Civil Veterinary Department. Madras. Admin. report 1926-33 - 1926-1933
Year: 1926
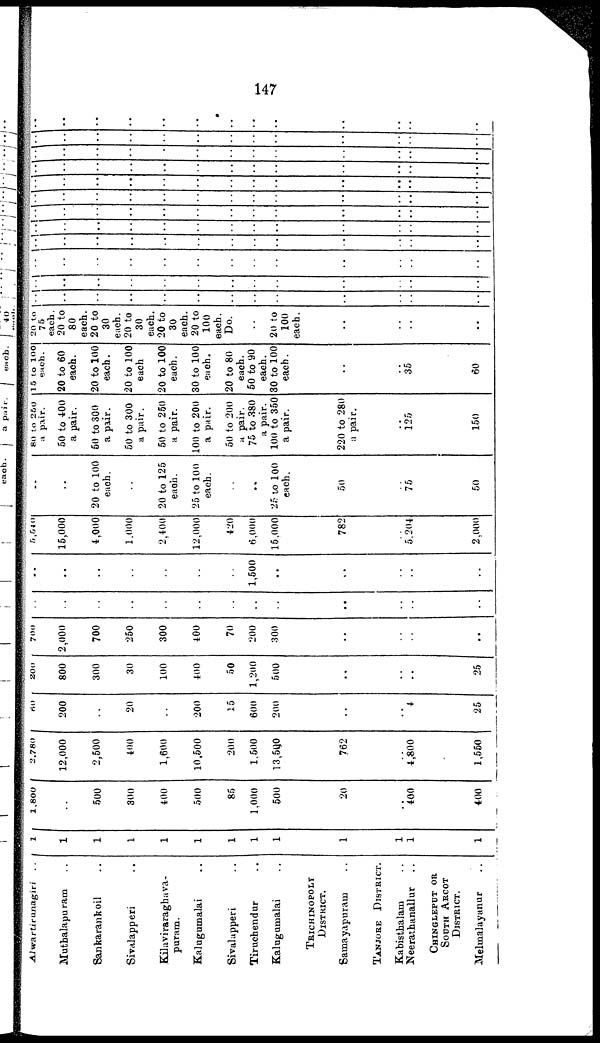
147
Alwartirunagiri
..
Muthalapuram ..
Sankarankoil ..
Sivalapperi ..
Kilaviraraghava-
puram.
Kalugumalai ..
Sivalapperi ..
Tiruehendur ..
Kalugumalai ..
TRICHINOPOLY
DISTRICT.
Samayapuram ..
TANJORE DISTRICT.
Kabisthalam ..
Neerathanallur ..
CHINGLEPUT OR
SOUTH ARCOT
DISTRICT.
Melmalayanur ..
1
1
1
1
1
1
1
1
1
1
1
1
1
1,800
..
500
300
400
500
85
1,000
500
20
..
400
400
2,780
12,000
2,500
400
1,600
10,500
200
1,500
13,500
762
..
4,800
1,550
60
200
..
20
..
200
15
600
200
..
..
4
25
200
800
300
30
100
400
50
1,200
500
..
..
..
25
700
2,000
700
250
300
400
70
200
300
..
..
..
..
..
..
..
..
..
..
..
..
..
..
..
..
..
..
..
..
..
..
..
..
1,500
..
..
..
..
..
5,540
15,000
4,000
1,000
2,400
12,000
420
6,000
15,000
782
..
5,204
2,000
..
..
20 to 100
each.
..
20 to 125
each.
25 to 100
each.
..
25 to 100
each.
50
..
75
50
80 to 250
a pair.
50 to 400
a pair.
50 to 300
a pair.
50 to 300
a pair.
50 to 260
a pair.
100 to 200
a pair.
50 to 200
a pair.
75 to 380
a pair.
100 to 350
a pair.
220 to 280
a pair.
..
125
150
15 to 100
each.
20 to 60
each.
20 to 100
each.
20 to 100
each
20 to 100
each.
30 to 100
each.
20 to 80
each.
50 to 90
each.
30 to 100
each.
..
..
35
60
20 to
75
each.
20 to
80
each.
20 to
30
each.
20 to
30
each.
20 to
30
each.
20 to
100
each.
Do.
..
20 to
100
each.
..
..
..
..
..
..
..
..
..
..
..
..
..
..
..
..
..
..
..
..
..
..
..
..
..
..
..
..
..
..
..
..
..
..
..
..
..
..
..
..
..
..
..
..
..
..
..
..
..
..
..
..
..
..
..
..
..
..
..
..
..
..
..
..
..
..
..
..
..
..
..
..
..
..
..
..
..
..
..
..
..
..
..
..
..
..
..
..
..
..
..
..
..
..
..
..
..
..
..
..
..
..
..
..
..
..
..
..
..
..
..
..
..
..
..
..
..
..
..
..
..
..
..
..
..
..
..
..
..
..
..
..
..
..
..
..
..
..
..
..
..
..
..
..
..
..
..
..
..
..
..
..
..
..
..
..
..
..
..
..